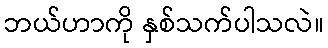
ဘယ်ဟာကို နှစ်သက်ပါသလဲ။